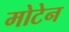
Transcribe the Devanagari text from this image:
मोटेन